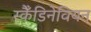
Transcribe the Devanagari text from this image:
स्कैँडिनेवियन